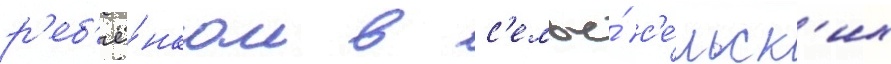
р'еб'ё́нком в с'емье́ с'е́льск'их